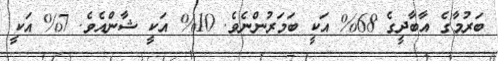
ބަރުމާގެ އާބާދީގެ 68% އަކީ ބަމަރުންނެވެ. 10% އަކީ ޝާންއެވެ. 7% އަކީ